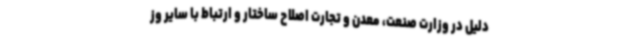
دلیل در وزارت صنعت، معدن و تجارت اصلاح ساختار و ارتباط با سایر وز